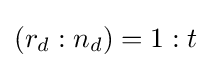
(r_{d}:n_{d})=1:t